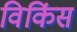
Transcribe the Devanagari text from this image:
विकिंस